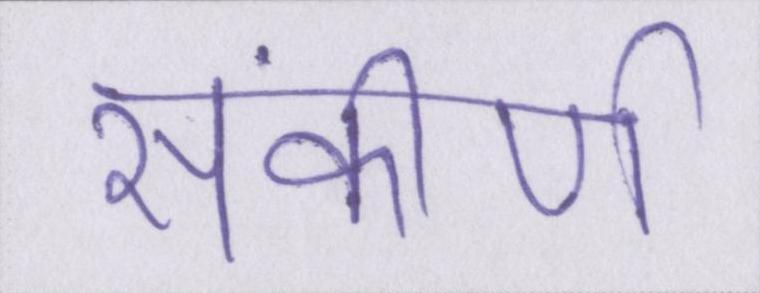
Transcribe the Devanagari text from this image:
संकीर्ण